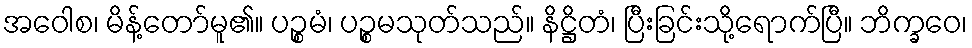
အဝေါစ၊ မိန့်တော်မူ၏။ ပဉ္စမံ၊ ပဉ္စမသုတ်သည်။ နိဋ္ဌိတံ၊ ပြီးခြင်းသို့ရောက်ပြီ။ ဘိက္ခဝေ၊